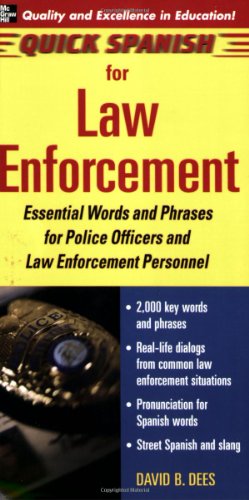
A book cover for Quick Spanish for Law Enforcement: Essential Words and Phrases for Police Officers and Law Enforcement Professionals; Dees David; Travel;